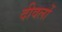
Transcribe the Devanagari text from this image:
दीवलों